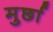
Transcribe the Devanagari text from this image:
मुर्छा